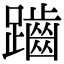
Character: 𪘏